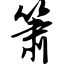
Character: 箫